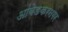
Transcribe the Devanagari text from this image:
आंबेडकरनगर